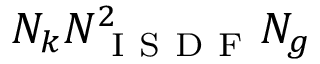
N _ { k } N _ { \mathrm { ~ I ~ S ~ D ~ F ~ } } ^ { 2 } N _ { g }